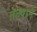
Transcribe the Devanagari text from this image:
तेल्यानं